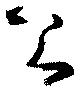
公